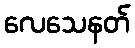
လေသေနတ်